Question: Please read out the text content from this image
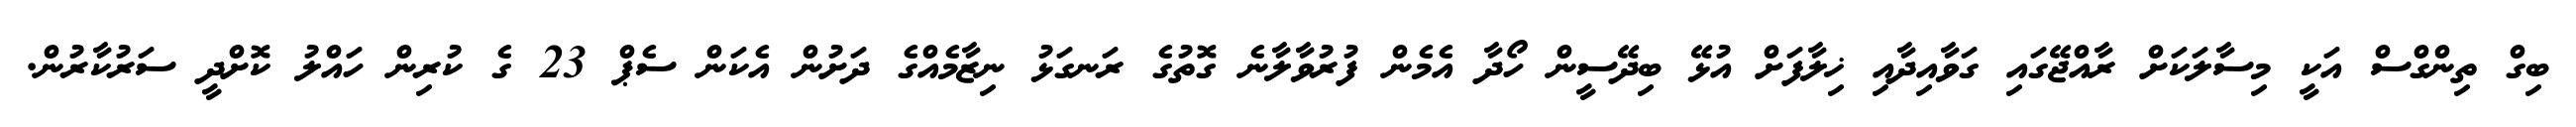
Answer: ބިގް ތިންގްސް އަކީ މިސާލަކަށް ރާއްޖޭގައި ގަވާއިދާއި ޚިލާފަށް އުޅޭ ބިދޭސީން ހޯދާ އެމެން ފުރުވާލާނެ ގޮތުގެ ރަނގަޅު ނިޒާމެއްގެ ދަށުން އެކަން ސެޕް 23 ގެ ކުރިން ހައްލު ކޮށްދީ ސަރުކާރުން.